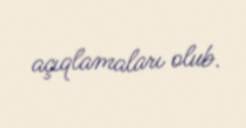
açıqlamaları olub.